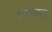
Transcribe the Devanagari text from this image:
सम्माल